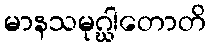
မာနသမုဂ္ဃါတောတိ